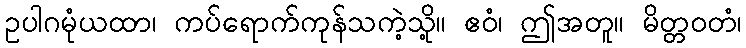
ဥပါဂမုံယထာ၊ ကပ်ရောက်ကုန်သကဲ့သို့။ ဧဝံ၊ ဤအတူ။ မိတ္တဝတံ၊